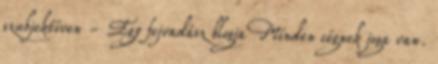
szubjektíven - Egy fejvadász blogja Minden cégnek joga van.